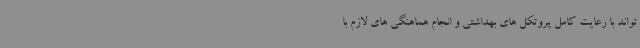
تواند با رعایت کامل پروتکل های بهداشتی و انجام هماهنگی های لازم با